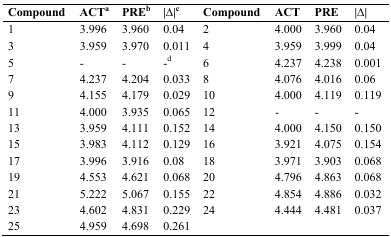
| Compound | ACTa | PREb | |Δ|c | Compound | ACT | PRE | |Δ| |
 | --- | --- | --- | --- | --- | --- | --- | --- |
 | 1 | 3.996 | 3.960 | 0.04 | 2 | 4.000 | 3.960 | 0.04 |
 | 3 | 3.959 | 3.970 | 0.011 | 4 | 3.959 | 3.999 | 0.04 |
 | 5 | - | - | -d | 6 | 4.237 | 4.238 | 0.001 |
 | 7 | 4.237 | 4.204 | 0.033 | 8 | 4.076 | 4.016 | 0.06 |
 | 9 | 4.155 | 4.179 | 0.029 | 10 | 4.000 | 4.119 | 0.119 |
 | 11 | 4.000 | 3.935 | 0.065 | 12 | - | - | - |
 | 13 | 3.959 | 4.111 | 0.152 | 14 | 4.000 | 4.150 | 0.150 |
 | 15 | 3.983 | 4.112 | 0.129 | 16 | 3.921 | 4.075 | 0.154 |
 | 17 | 3.996 | 3.916 | 0.08 | 18 | 3.971 | 3.903 | 0.068 |
 | 19 | 4.553 | 4.621 | 0.068 | 20 | 4.796 | 4.863 | 0.068 |
 | 21 | 5.222 | 5.067 | 0.155 | 22 | 4.854 | 4.886 | 0.032 |
 | 23 | 4.602 | 4.831 | 0.229 | 24 | 4.444 | 4.481 | 0.037 |
 | 25 | 4.959 | 4.698 | 0.261 |  |  |  |  |